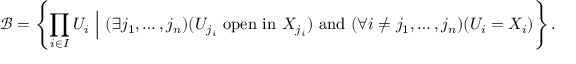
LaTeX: { \mathcal { B } } = \left\{ \prod _ { i \in I } U _ { i } \ { \Big | } \ ( \exists j _ { 1 } , \ldots , j _ { n } ) ( U _ { j _ { i } } \ \mathrm { o p e n \ i n } \ X _ { j _ { i } } ) \ \mathrm { a n d } \ ( \forall i \neq j _ { 1 } , \ldots , j _ { n } ) ( U _ { i } = X _ { i } ) \right\} .